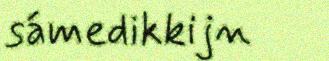
sámedikkijn